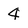
Character: 4